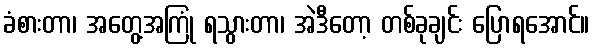
ခံစားတာ၊ အတွေ့အကြုံ ရသွားတာ၊ အဲဒီတော့ တစ်ခုချင်း ပြောရအောင်။